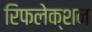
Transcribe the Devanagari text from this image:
रिफलेक्शन